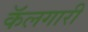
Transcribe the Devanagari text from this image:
कॅलगारी